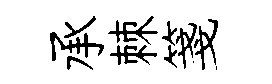
承棘箋